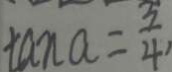
\tan a = \frac { 3 } { 4 } ,